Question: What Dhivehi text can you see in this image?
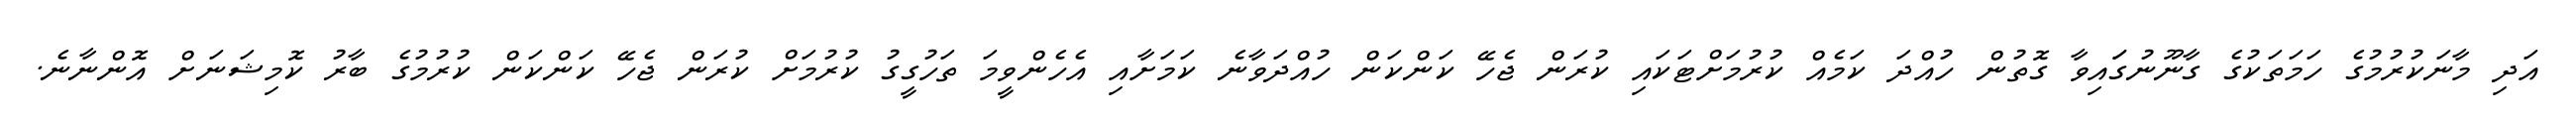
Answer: އަދި މާނަކުރުމުގެ ހަމަތަކުގެ ގާނޫނުގަައިވާ ގޮތުން ހުއްދަ ކަމެއް ކުރުމަށްޓަކައި ކުރަން ޖެހޭ ކަންކަން ހުއްދަވާނެ ކަމަށާއި އެހެންވީމަ ތަހުގީގު ކުރުމަށް ކުރަން ޖެހޭ ކަންކަން ކުރުމުގެ ބާރު ކޮމިޝަނަށް އޮންނާނެ.